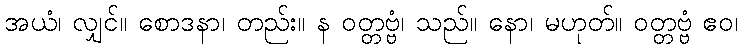
အယံ၊ လျှင်။ စောဒနာ၊ တည်း။ န ဝတ္တဗ္ဗံ၊ သည်။ နော၊ မဟုတ်။ ဝတ္တဗ္ဗံ ဧဝ၊